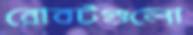
রোবটগুলো